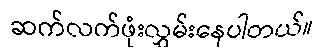
ဆက်လက်ဖုံးလွှမ်းနေပါတယ်။